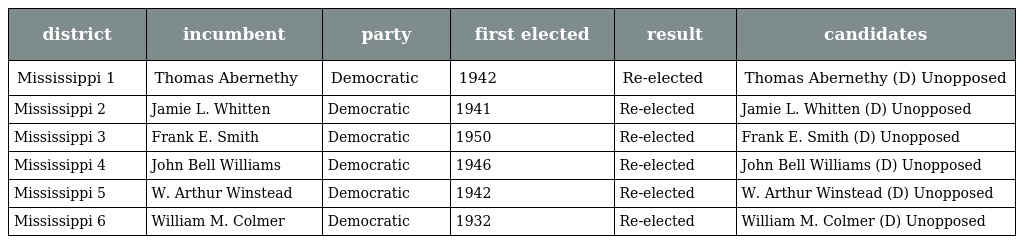
| district | incumbent | party | first elected | result | candidates |
 | --- | --- | --- | --- | --- | --- |
 | Mississippi 1 | Thomas Abernethy | Democratic | 1942 | Re-elected | Thomas Abernethy (D) Unopposed |
 | Mississippi 2 | Jamie L. Whitten | Democratic | 1941 | Re-elected | Jamie L. Whitten (D) Unopposed |
 | Mississippi 3 | Frank E. Smith | Democratic | 1950 | Re-elected | Frank E. Smith (D) Unopposed |
 | Mississippi 4 | John Bell Williams | Democratic | 1946 | Re-elected | John Bell Williams (D) Unopposed |
 | Mississippi 5 | W. Arthur Winstead | Democratic | 1942 | Re-elected | W. Arthur Winstead (D) Unopposed |
 | Mississippi 6 | William M. Colmer | Democratic | 1932 | Re-elected | William M. Colmer (D) Unopposed |